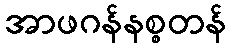
အာဖဂန်နစ္စတန်